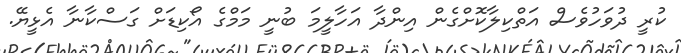
ކުރީ ދުވަހުވެސް އަތްކިލާކޮށްގެން އިންދާ އަހާލީމަ ބުނީ މަމްގެ އޯކިޑަށް ގަސްކާނާ އެޅީޔޭ.